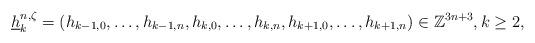
LaTeX: \begin{align*}\underline{h}_{k}^{n,\zeta}=(h_{k-1,0},\ldots,h_{k-1,n}, h_{k,0}, \ldots, h_{k,n},h_{k+1,0}, \ldots, h_{k+1,n})\in\mathbb{Z}^{3n+3}, k\geq 2,\end{align*}